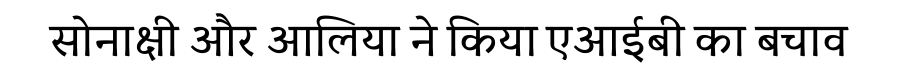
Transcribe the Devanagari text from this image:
सोनाक्षी और आलिया ने किया एआईबी का बचाव